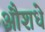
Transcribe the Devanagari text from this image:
औशधे